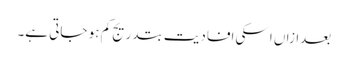
بعدازاں اسکی افادیت بتدریج کم ہو جاتی ہے۔